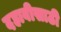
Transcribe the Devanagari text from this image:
दहावीसाठी